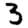
Digit: 3